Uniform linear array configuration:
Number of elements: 32
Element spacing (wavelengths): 0.75
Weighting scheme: uniform
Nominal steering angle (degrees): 30
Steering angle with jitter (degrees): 28.339
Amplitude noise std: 0.05
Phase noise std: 0.05

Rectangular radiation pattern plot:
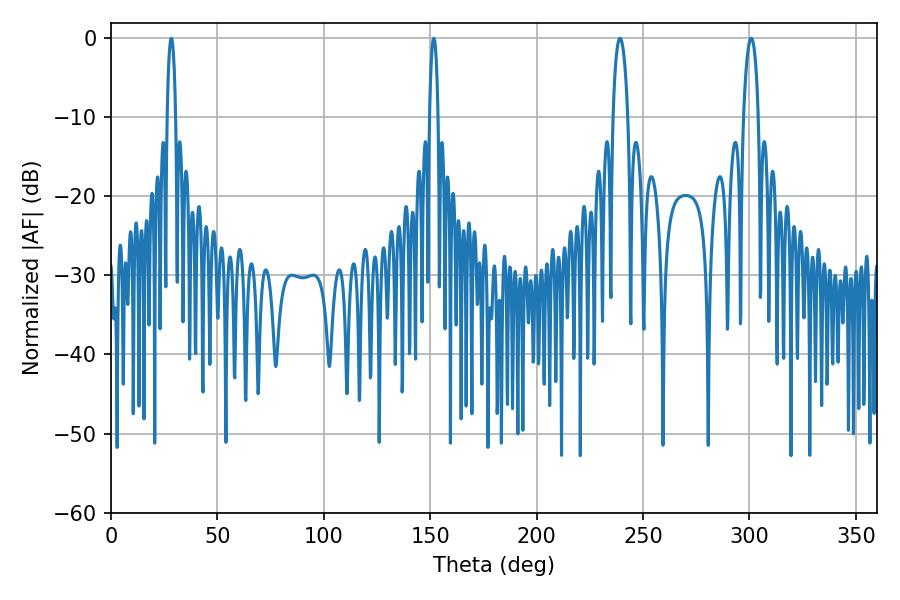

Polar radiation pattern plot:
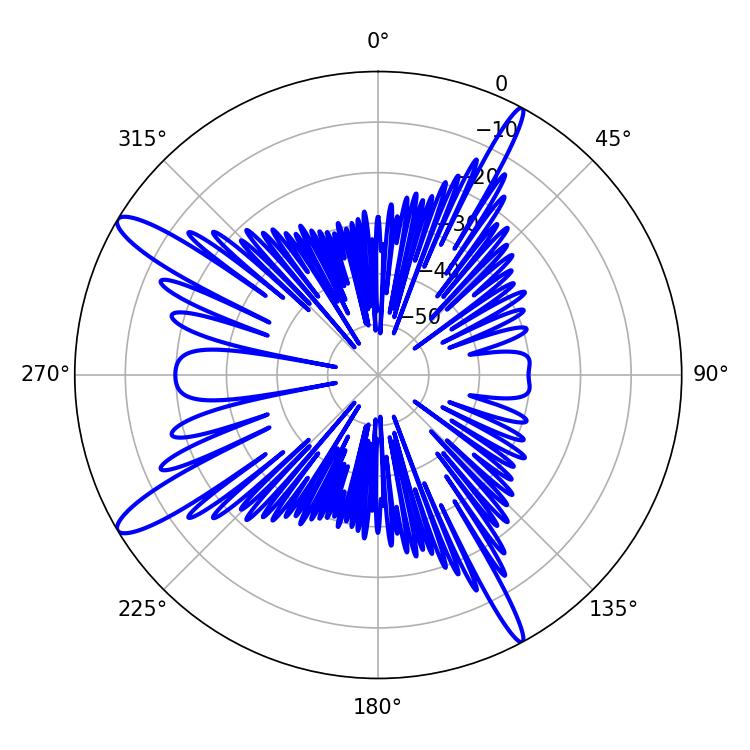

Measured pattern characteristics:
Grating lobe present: TRUE
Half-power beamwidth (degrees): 3.96
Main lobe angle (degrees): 239.22